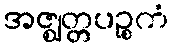
အဇ္ဈတ္တပဉ္စကံ